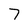
Character: 7